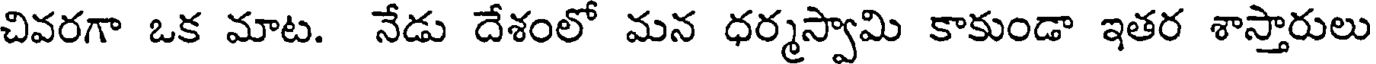
చివరగా ఒక మాట. నేడు దేశంలో మన ధర్మస్వామి కాకుండా ఇతర శాస్తారులు